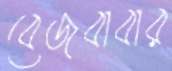
বেজবাবার